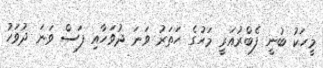
މީހަކު ބުނީ ފެބްރުއަރީ މަހުގެ ހަތަރު ވަނަ ދުވަހާއި ފަސް ވަނަ ދުވަހު